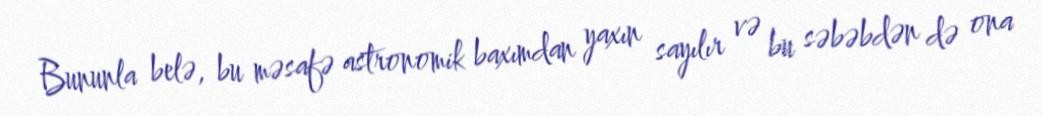
Bununla belə, bu məsafə astronomik baxımdan yaxın sayılır və bu səbəbdən də ona